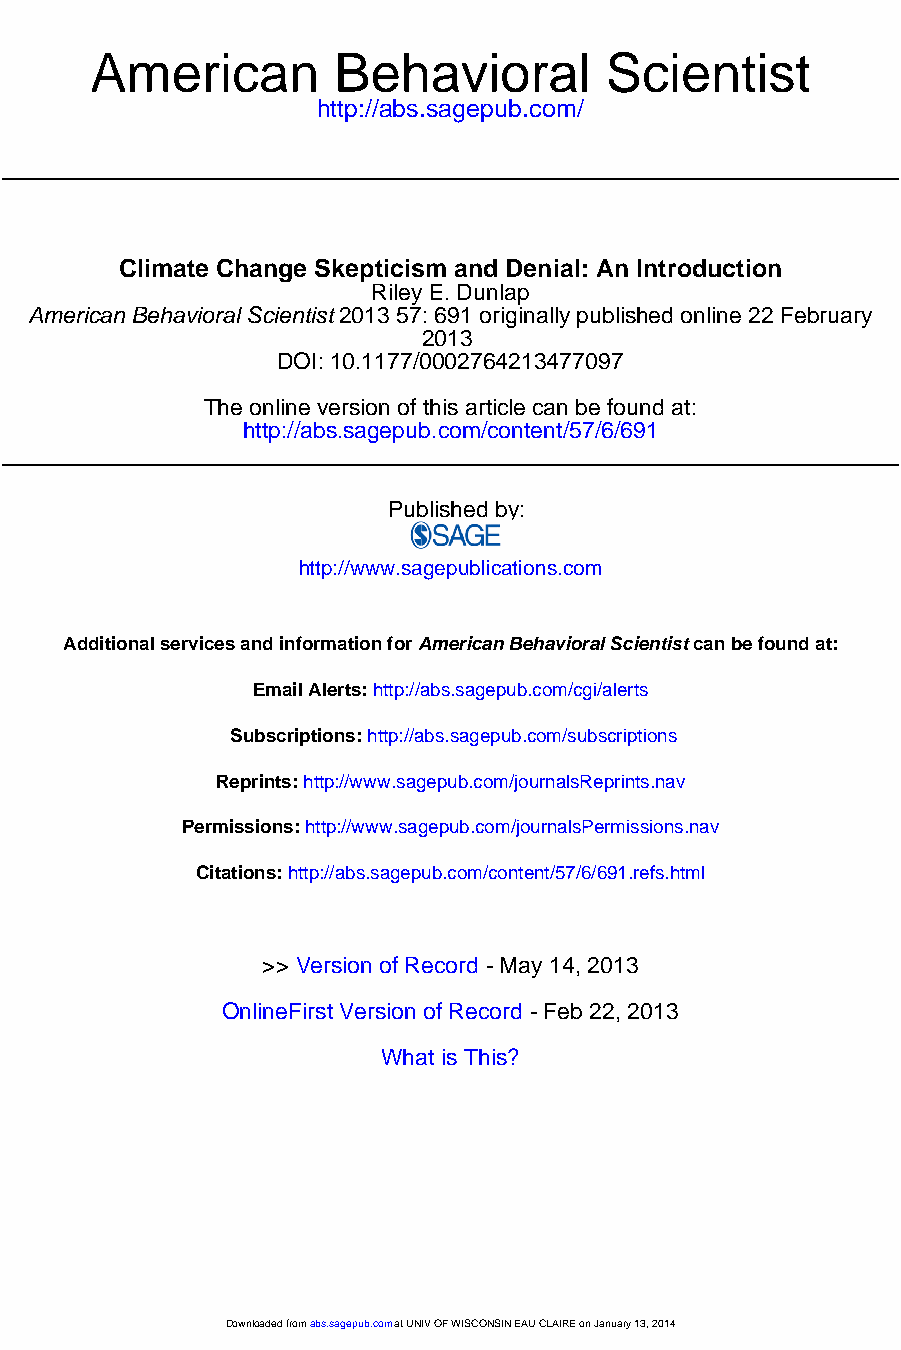
American        Behavioral        Scientist
 http://abs.sagepub.com/
 Climate Change Skepticism and Denial: An Introduction
 Riley E. Dunlap
 American Behavioral Scientist 2013 57: 691 originally published online 22 February
 2013
 DOI: 10.1177/0002764213477097
 The online version of this article can be found at:
 http://abs.sagepub.com/content/57/6/691
 Published by:
 http://www.sagepublications.com
 Additional services and information for American Behavioral Scientist can be found at:
 Email Alerts: http://abs.sagepub.com/cgi/alerts
 Subscriptions: http://abs.sagepub.com/subscriptions
 Reprints: http://www.sagepub.com/journalsReprints.nav
 Permissions: http://www.sagepub.com/journalsPermissions.nav
 Citations: http://abs.sagepub.com/content/57/6/691.refs.html
 >> Version of Record - May 14, 2013
 OnlineFirst Version of Record - Feb 22, 2013
 What is This?
 DDoowwnnllooaaddeedd ffrroomm aabbss..ssaaggeeppuubb..ccoomm aatt UUNNIIVV OOFF WWIISSCCOONNSSIINN EEAAUU CCLLAAIIRREE oonn JJaannuuaarryy 1133,, 22001144